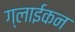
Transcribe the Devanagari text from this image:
ग्लाईकन